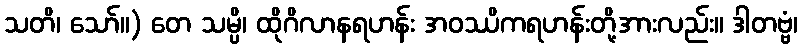
သတိ၊ သော်။) တေ သမ္ပိ၊ ထိုဂိလာနရဟန်း အဝဿိကရဟန်းတို့အားလည်း။ ဒါတဗ္ဗံ၊